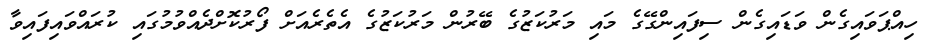
ހިއްޕަވައިގެން ވަޑައިގެން ސިފައިންގޭގެ މައި މަރުކަޒުގެ ބޭރުން މަރުކަޒުގެ އެތެރެއަށް ފޯރުކޮށްދެއްވުމުގައި ކުރައްވައިފައިވާ